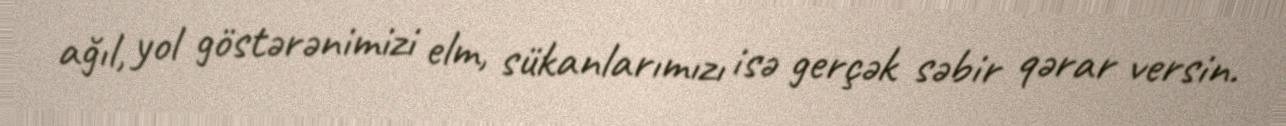
ağıl, yol göstərənimizi elm, sükanlarımızı isə gerçək səbir qərar versin.